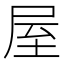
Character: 屋